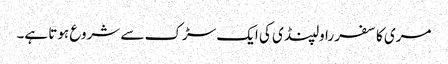
مری کا سفر راولپنڈی کی ایک سڑک سے شروع ہوتا ہے۔